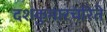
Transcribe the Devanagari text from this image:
दशकुमारचरिते